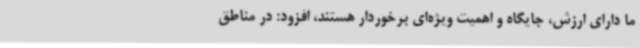
ما دارای ارزش، جایگاه و اهمیت ویژه‌ای برخوردار هستند، افزود: در مناطق